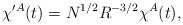
\begin{align*}\chi^{\prime A} (t) = N^{1/2} R^{-3/2} \chi^A (t),\end{align*}